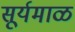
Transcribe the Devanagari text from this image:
सूर्यमाळ